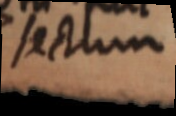
setum